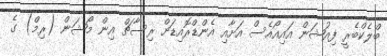
ބްލެކްބެރީ ފިއުޝަން އައިއޯއެސް އަށާއި އެންޑްރޮއިޑަށް ރިސާޗް އިން މޯޝަން (ރިމް) ގެ